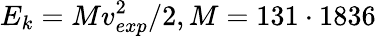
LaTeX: E_{k}=Mv_{exp}^{2}/2,M=131\cdot 1836